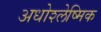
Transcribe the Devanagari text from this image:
अधोश्लेष्मिक